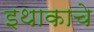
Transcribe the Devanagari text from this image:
इथाकाचे